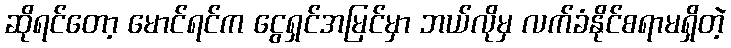
ဆိုရင်တော့ မောင်ရင်က ငွေရှင်အမြင်မှာ ဘယ်လိုမှ လက်ခံနိုင်စရာမရှိတဲ့